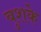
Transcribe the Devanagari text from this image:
बुशके